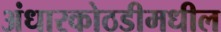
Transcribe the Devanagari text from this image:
अंधारकोठडीमधील